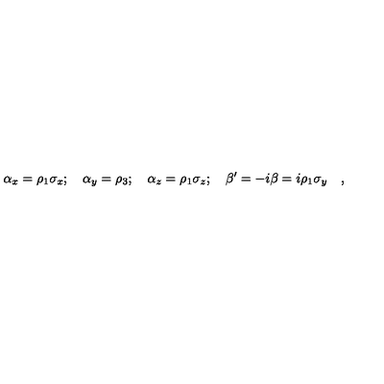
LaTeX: \alpha _ { x } = \rho _ { 1 } \sigma _ { x } ; \quad \alpha _ { y } = \rho _ { 3 } ; \quad \alpha _ { z } = \rho _ { 1 } \sigma _ { z } ; \quad \beta ^ { \prime } = - i \beta = i \rho _ { 1 } \sigma _ { y } \quad ,